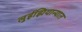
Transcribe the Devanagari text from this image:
लुईझियान्यात